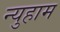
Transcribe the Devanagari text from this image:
न्युहाम